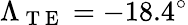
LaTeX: \Lambda_{\mathrm{~T~E~}}=-18.4^{\circ}